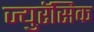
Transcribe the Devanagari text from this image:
ज्युरॅसिक